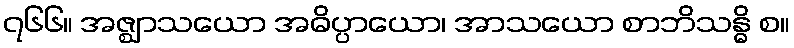
၇၆၆။ အဇ္ဈာသယော အဓိပ္ပာယော၊ အာသယော စာဘိသန္ဓိ စ။